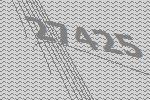
27425